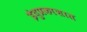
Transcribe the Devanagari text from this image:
इंदुप्रकाशात